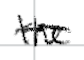
Text: the
Cross-out: wave
Writing tool: digital_black